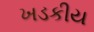
ખડકીય